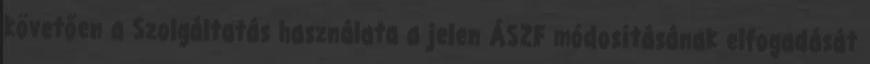
követően a Szolgáltatás használata a jelen ÁSZF módosításának elfogadását